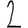
Digit: 2